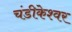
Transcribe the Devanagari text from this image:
चंडीकेश्‍वर